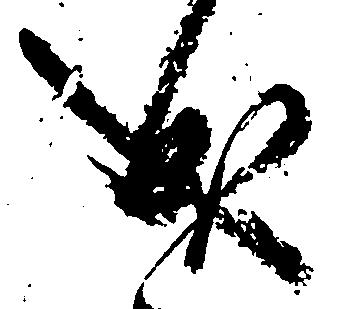
成